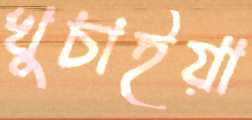
খুচাইয়া